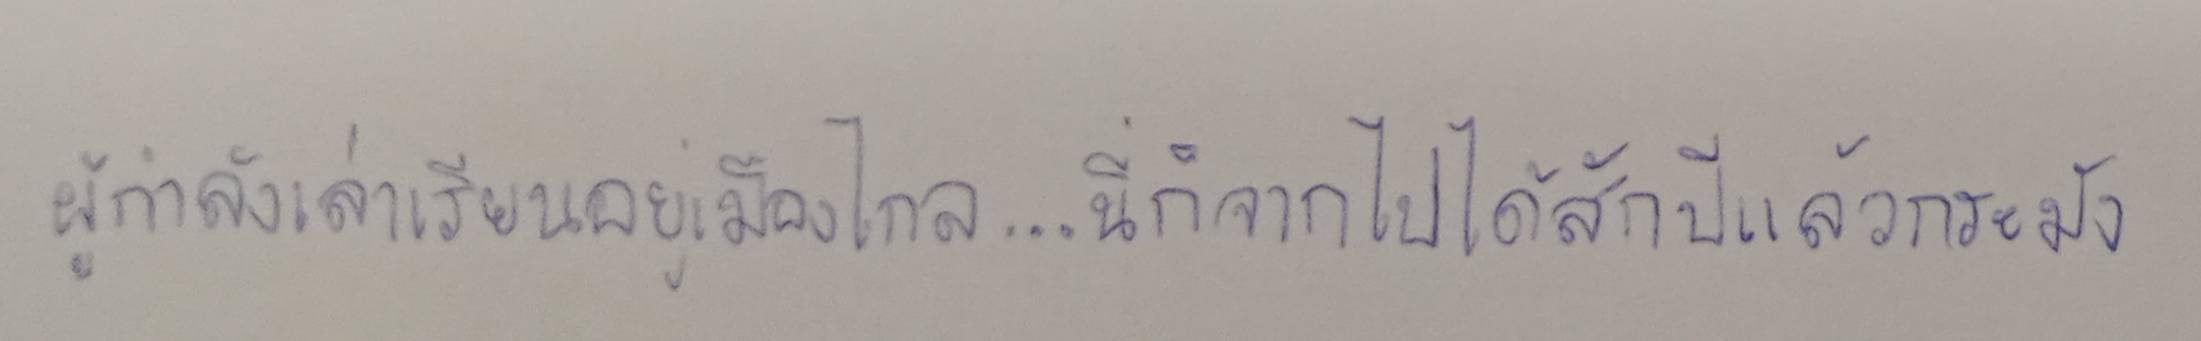
ผู้กำลังเล่าเรียนอยู่เมืองไกล...นี่ก็จากไปได้สักปีแล้วกระมัง